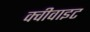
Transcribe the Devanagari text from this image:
क्वीवाइट